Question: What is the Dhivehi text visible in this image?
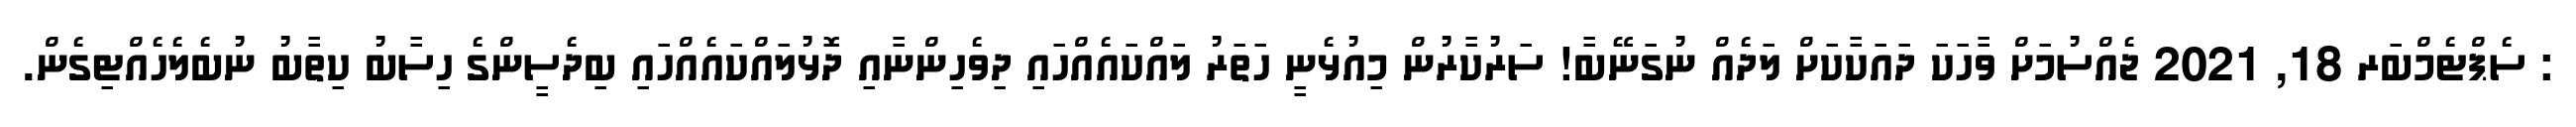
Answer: : ސެޕްޓެމްބަރ 18, 2021 ޖެއްސުމަށް ވާހަކަ ދައަކާކަށް ލަދެއް ނުގަނޭބާ! ސަރުކާރުން މިއުޅެނީ ހަތަރު ލައްކައެއްހައި ދިވެހިންނާއި ދޮޅުލައްކައެއްހައި ބިދެސީންގެ ހިސާބު ކިތާބު ނުބެލެހެއްޓިގެން.